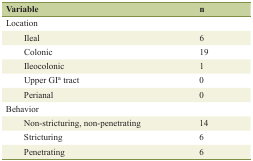
<table><thead><tr><td><b>Variable</b></td><td><b>n</b></td></tr></thead><tbody><tr><td>Location</td><td></td></tr><tr><td>Ileal</td><td>6</td></tr><tr><td>Colonic</td><td>19</td></tr><tr><td>Ileocolonic</td><td>1</td></tr><tr><td>Upper GI<sup>a</sup> tract</td><td>0</td></tr><tr><td>Perianal</td><td>0</td></tr><tr><td>Behavior</td><td></td></tr><tr><td>Non-stricturing, non-penetrating</td><td>14</td></tr><tr><td>Stricturing</td><td>6</td></tr><tr><td>Penetrating</td><td>6</td></tr></tbody></table>